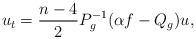
LaTeX: \begin{align*}u_t=\frac{n-4}{2}P_g^{-1}(\alpha f-Q_g)u,\end{align*}